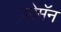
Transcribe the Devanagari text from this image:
शोमॅन